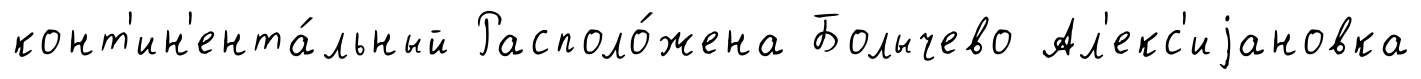
конт'ин'ента́льный Располо́жена Болычево Ал'екс'иjановка